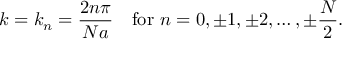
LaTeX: k = k _ { n } = { \frac { 2 n \pi } { N a } } \quad { \mathrm { f o r } } \ n = 0 , \pm 1 , \pm 2 , \ldots , \pm { \frac { N } { 2 } } .